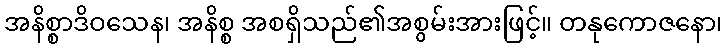
အနိစ္စာဒိဝသေန၊ အနိစ္စ အစရှိသည်၏အစွမ်းအားဖြင့်။ တနုကောဇနော၊